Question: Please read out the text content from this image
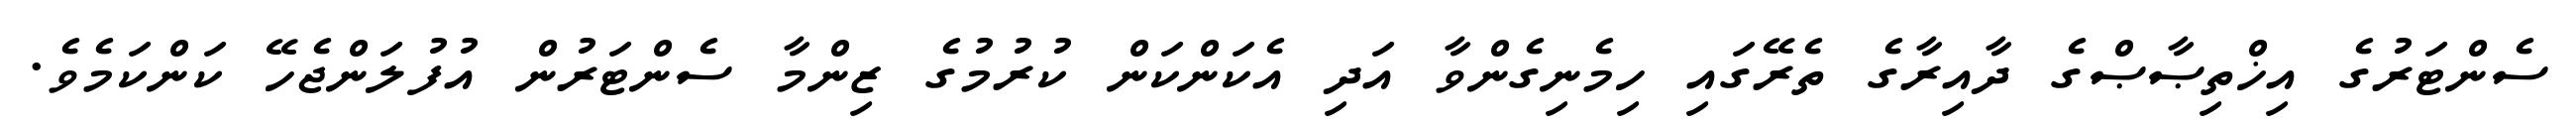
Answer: ސެންޓަރުގެ އިޚްތިޞާޞްގެ ދާއިރާގެ ތެރޭގައި ހިމެނިގެންވާ އަދި އެކަންކަން ކުރުމުގެ ޒިންމާ ސެންޓަރުން އުފުލަންޖެހޭ ކަންކަމެވެ.